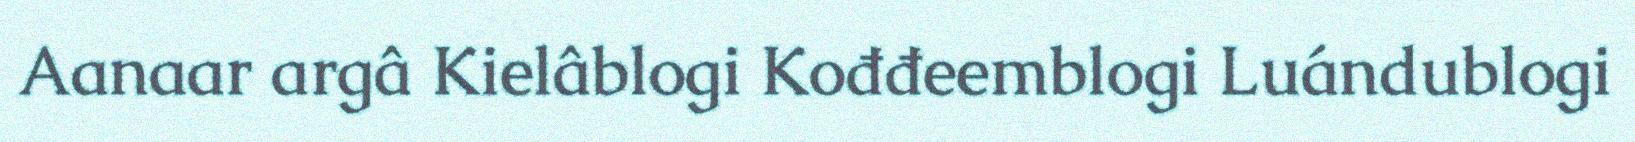
Aanaar argâ Kielâblogi Kođđeemblogi Luándublogi